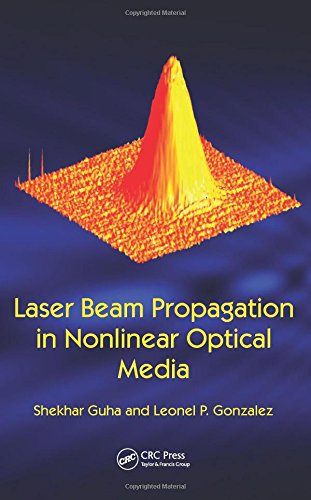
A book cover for Laser Beam Propagation in Nonlinear Optical Media; Shekhar Guha; Science & Math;